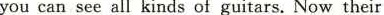
you can see all kinds of guitars. Now their